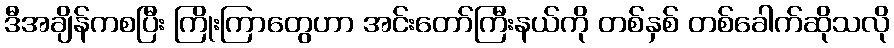
ဒီအချိန်ကစပြီး ကြိုးကြာတွေဟာ အင်းတော်ကြီးနယ်ကို တစ်နှစ် တစ်ခေါက်ဆိုသလို